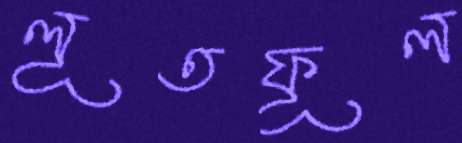
লূতফূল